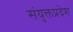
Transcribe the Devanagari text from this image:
संयुक्तप्रदेश